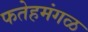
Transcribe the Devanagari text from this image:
फतेहमंगळ